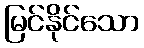
မြင်နိုင်သော